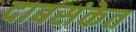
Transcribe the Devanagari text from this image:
दाबसंकेत